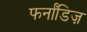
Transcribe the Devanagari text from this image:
फर्नांडिज़